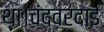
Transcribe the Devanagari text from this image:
था।चंदवरदाई